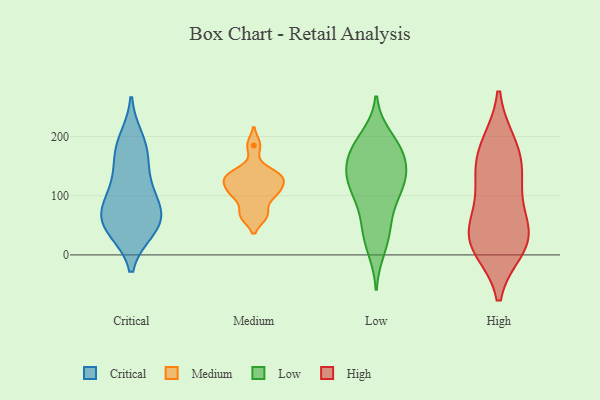
{"axis": {"x": "Population (Million)", "y": "Value"}, "legend": ["Critical", "High", "Low", "Medium"], "data": [{"x": "", "y": 194, "type": "Critical"}, {"x": "", "y": 61, "type": "Critical"}, {"x": "", "y": 166, "type": "Critical"}, {"x": "", "y": 46, "type": "Critical"}, {"x": "", "y": 44, "type": "Critical"}, {"x": "", "y": 79, "type": "Critical"}, {"x": "", "y": 73, "type": "Critical"}, {"x": "", "y": 109, "type": "Critical"}, {"x": "", "y": 52, "type": "Critical"}, {"x": "", "y": 121, "type": "Critical"}, {"x": "", "y": 176, "type": "Critical"}, {"x": "", "y": 140, "type": "Medium"}, {"x": "", "y": 131, "type": "Medium"}, {"x": "", "y": 129, "type": "Medium"}, {"x": "", "y": 67, "type": "Medium"}, {"x": "", "y": 129, "type": "Medium"}, {"x": "", "y": 105, "type": "Medium"}, {"x": "", "y": 108, "type": "Medium"}, {"x": "", "y": 100, "type": "Medium"}, {"x": "", "y": 185, "type": "Medium"}, {"x": "", "y": 67, "type": "Medium"}, {"x": "", "y": 53, "type": "Low"}, {"x": "", "y": 143, "type": "Low"}, {"x": "", "y": 166, "type": "Low"}, {"x": "", "y": 174, "type": "Low"}, {"x": "", "y": 123, "type": "Low"}, {"x": "", "y": 27, "type": "Low"}, {"x": "", "y": 114, "type": "Low"}, {"x": "", "y": 94, "type": "Low"}, {"x": "", "y": 10, "type": "Low"}, {"x": "", "y": 109, "type": "Low"}, {"x": "", "y": 129, "type": "Low"}, {"x": "", "y": 128, "type": "Low"}, {"x": "", "y": 188, "type": "Low"}, {"x": "", "y": 162, "type": "Low"}, {"x": "", "y": 199, "type": "Low"}, {"x": "", "y": 179, "type": "Low"}, {"x": "", "y": 53, "type": "Low"}, {"x": "", "y": 40, "type": "High"}, {"x": "", "y": 97, "type": "High"}, {"x": "", "y": 134, "type": "High"}, {"x": "", "y": 142, "type": "High"}, {"x": "", "y": 14, "type": "High"}, {"x": "", "y": 185, "type": "High"}, {"x": "", "y": 20, "type": "High"}, {"x": "", "y": 180, "type": "High"}, {"x": "", "y": 28, "type": "High"}, {"x": "", "y": 37, "type": "High"}]}